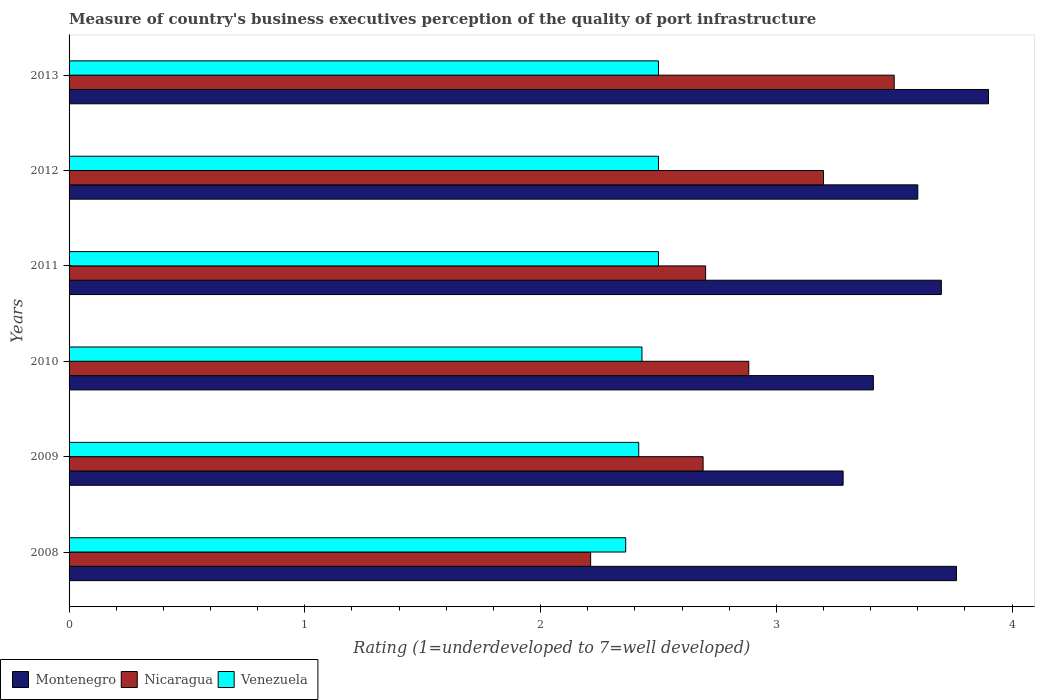
| Years | Montenegro | Nicaragua | Venezuela |
 | --- | --- | --- | --- |
 | 2008 | 3.76 | 2.21 | 2.36 |
 | 2009 | 3.28 | 2.69 | 2.42 |
 | 2010 | 3.41 | 2.88 | 2.43 |
 | 2011 | 3.7 | 2.7 | 2.5 |
 | 2012 | 3.6 | 3.2 | 2.5 |
 | 2013 | 3.9 | 3.5 | 2.5 |